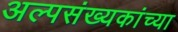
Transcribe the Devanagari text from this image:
अल्पसंख्यकांच्या